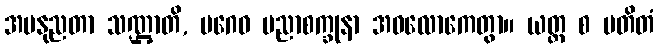
အမနုညတာ သဏ္ဌာတိ, ပဂေဝ ပညာစက္ခုနာ အဝလောကေတွာ။ ယတ္ထ စ ပတိတံ